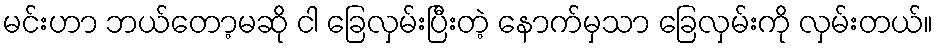
မင်းဟာ ဘယ်တော့မဆို ငါ ခြေလှမ်းပြီးတဲ့ နောက်မှသာ ခြေလှမ်းကို လှမ်းတယ်။